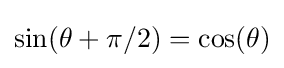
\sin(\theta +\pi /2)=\cos(\theta )